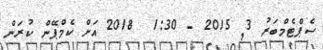
ސެޕްޓެމްބަރު 3